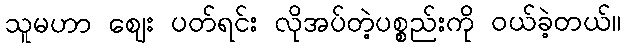
သူမဟာ ဈေး ပတ်ရင်း လိုအပ်တဲ့ပစ္စည်းကို ဝယ်ခဲ့တယ်။